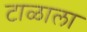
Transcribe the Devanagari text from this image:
टाळाला